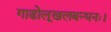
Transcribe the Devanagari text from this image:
गाढोलूखलबन्धनः।